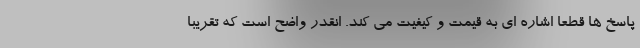
پاسخ ها قطعا اشاره ای به قیمت و کیفیت می کند. انقدر واضح است که تقریبا